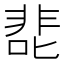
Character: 𰈖